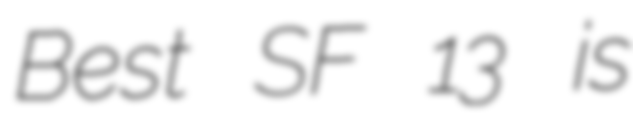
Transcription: Best SF 13 is